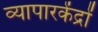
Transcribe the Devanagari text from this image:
व्यापारकेंद्रों